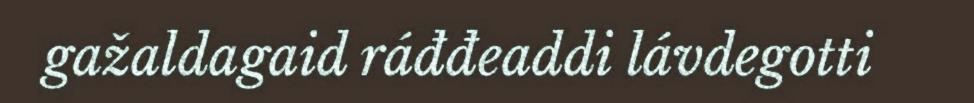
gažaldagaid ráđđeaddi lávdegotti